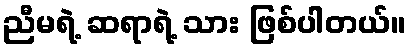
ညီမရဲ့ ဆရာရဲ့ သား ဖြစ်ပါတယ်။